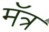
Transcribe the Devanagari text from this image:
मॅत्र